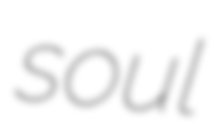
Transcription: soul